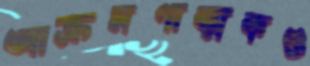
আক্রমণাত্মকও